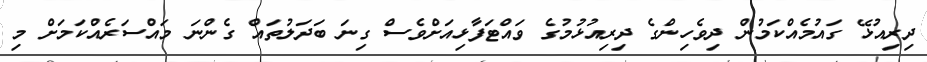
ދިރިއުޅޭ ގައުމެއްކަމުން ދިވެހިންގެ ދިރިއުޅުމުގެ ވައްޓަފާޅިއަށްވެސް ގިނަ ބަދަލުތައް ގެންނަ މައްސަރެއްކަމަށް މި